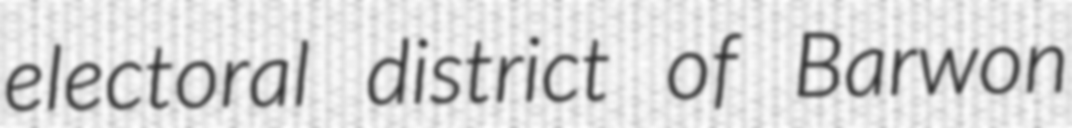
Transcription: electoral district of Barwon